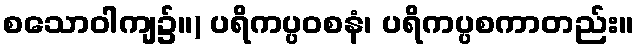
စသောဝါကျ၌။) ပရိကပ္ပဝစနံ၊ ပရိကပ္ပစကာတည်း။